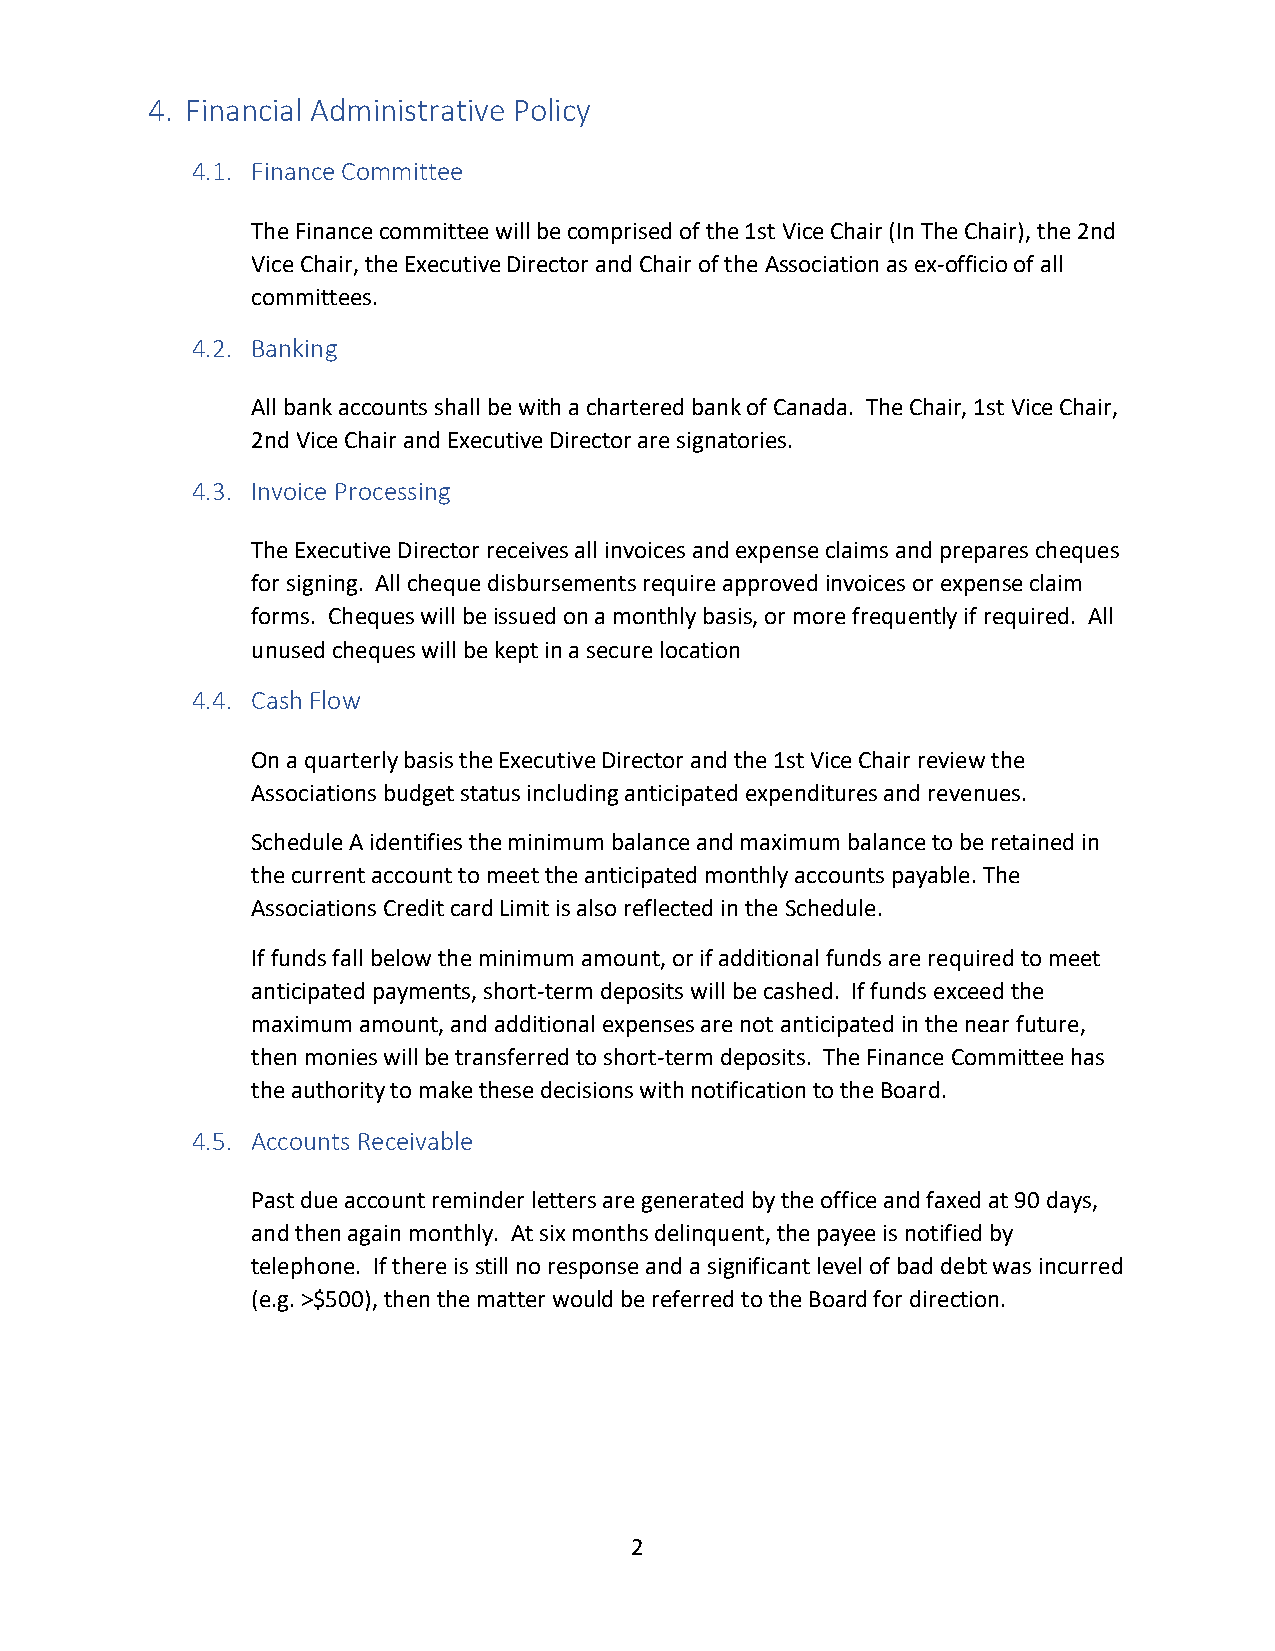
4. Financial Administrative Policy
 4.1. Finance Committee
 The Finance committee will be comprised of the 1st Vice Chair (In The Chair), the 2nd
 Vice Chair, the Executive Director and Chair of the Association as ex-officio of all
 committees.
 4.2. Banking
 All bank accounts shall be with a chartered bank of Canada. The Chair, 1st Vice Chair,
 2nd Vice Chair and Executive Director are signatories.
 4.3. Invoice Processing
 The Executive Director receives all invoices and expense claims and prepares cheques
 for signing. All cheque disbursements require approved invoices or expense claim
 forms. Cheques will be issued on a monthly basis, or more frequently if required. All
 unused cheques will be kept in a secure location
 4.4. Cash Flow
 On a quarterly basis the Executive Director and the 1st Vice Chair review the
 Associations budget status including anticipated expenditures and revenues.
 Schedule A identifies the minimum balance and maximum balance to be retained in
 the current account to meet the anticipated monthly accounts payable. The
 Associations Credit card Limit is also reflected in the Schedule.
 If funds fall below the minimum amount, or if additional funds are required to meet
 anticipated payments, short-term deposits will be cashed. If funds exceed the
 maximum amount, and additional expenses are not anticipated in the near future,
 then monies will be transferred to short-term deposits. The Finance Committee has
 the authority to make these decisions with notification to the Board.
 4.5. Accounts Receivable
 Past due account reminder letters are generated by the office and faxed at 90 days,
 and then again monthly. At six months delinquent, the payee is notified by
 telephone. If there is still no response and a significant level of bad debt was incurred
 (e.g. >$500), then the matter would be referred to the Board for direction.
 2